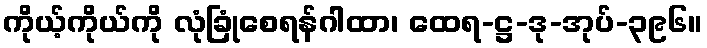
ကိုယ့်ကိုယ်ကို လုံခြုံစေရန်ဂါထာ၊ ထေရ-ဋ္ဌ-ဒု-အုပ်-၃၉၆။